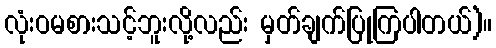
လုံးဝမစားသင့်ဘူးလို့လည်း မှတ်ချက်ပြုကြပါတယ်)။